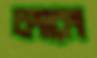
চংরেং